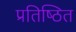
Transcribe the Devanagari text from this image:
प्रतिष्‍िठत